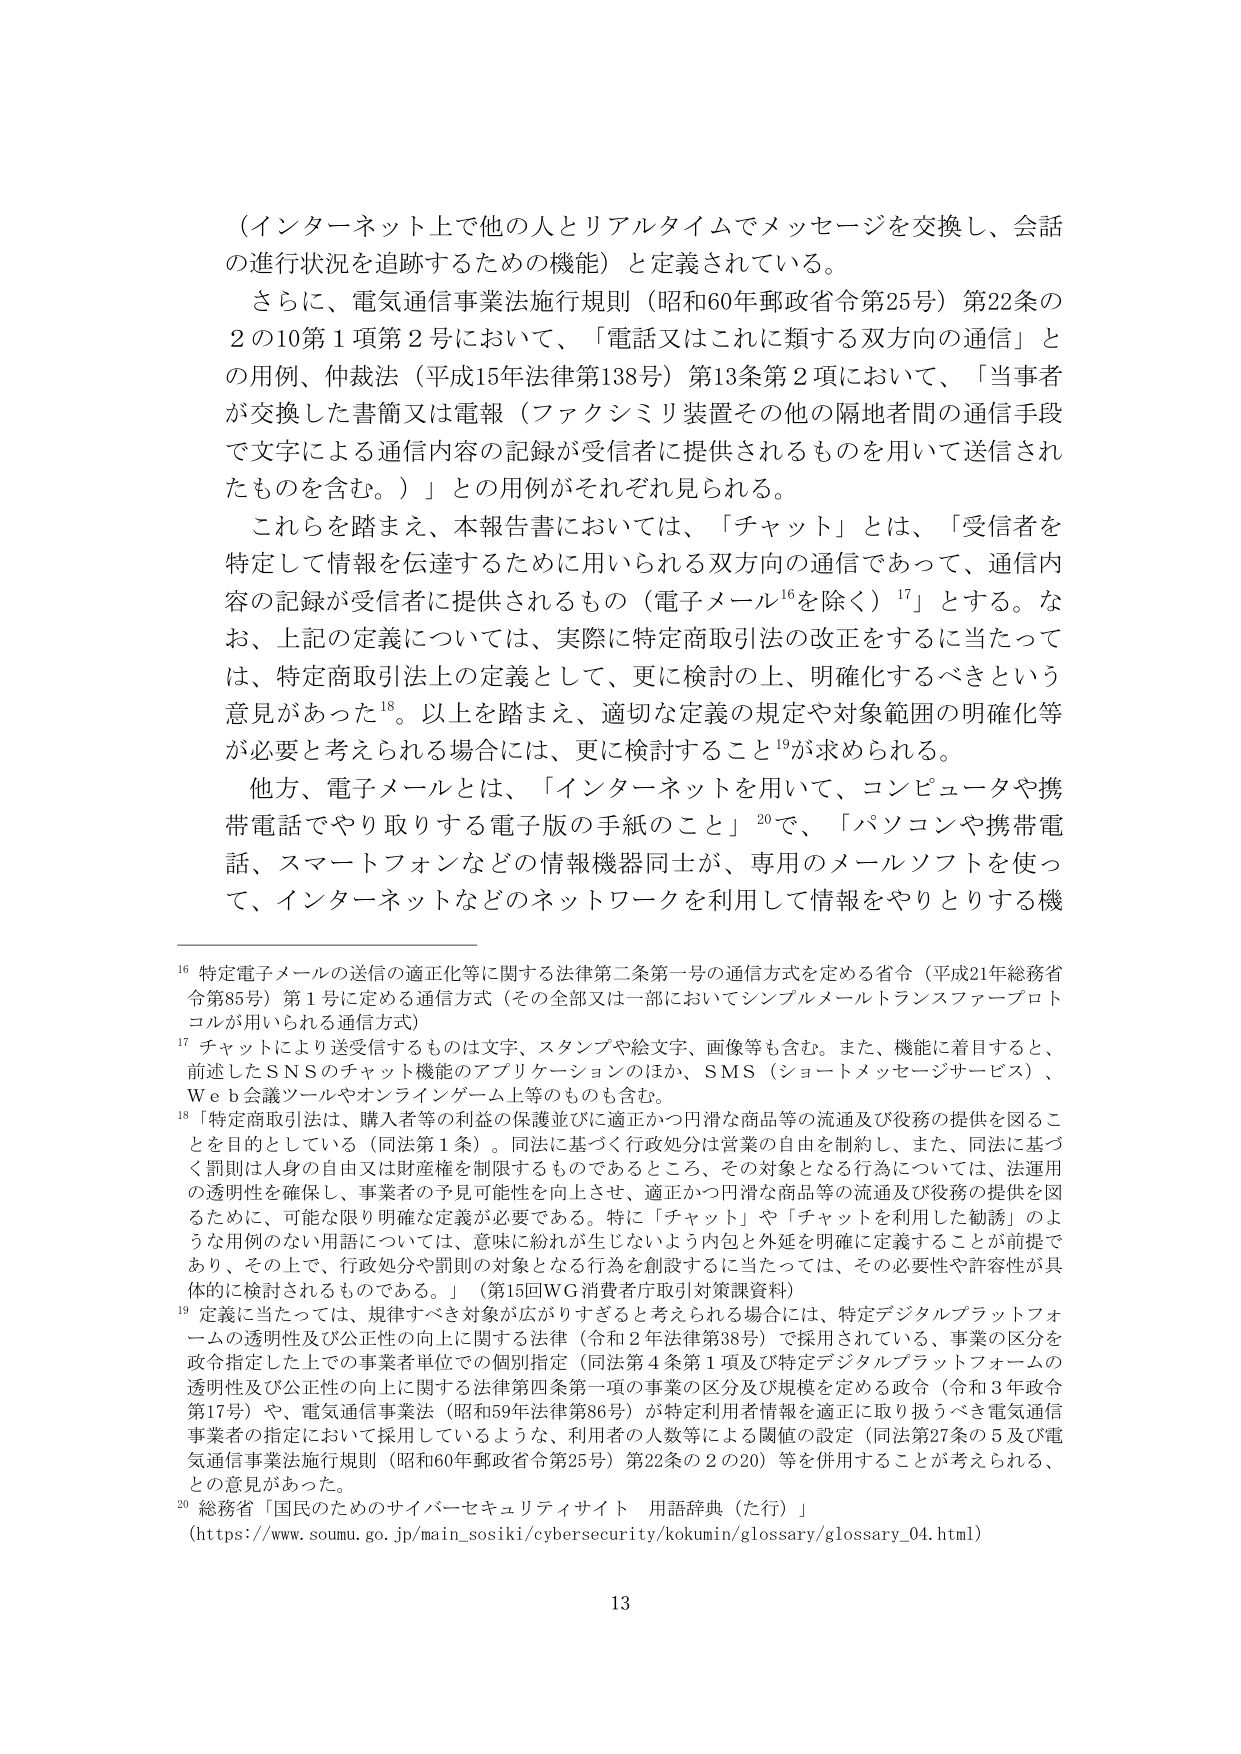
（インターネット上で他の人とリアルタイムでメッセージを交換し、会話の進行状況を追跡するための機能）と定義されている。

さらに、電気通信事業法施行規則（昭和60年郵政省令第25号）第22条の2の10第1項第2号において、「電話又はこれに類する双方向の通信」との用例、仲裁法（平成15年法律第138号）第13条第2項において、「当事者が交換した書簡又は電報（ファクシミリ装置その他の隔地者間の通信手段で文字による通信内容の記録が受信者に提供されるものを用いて送信されたものを含む。）」との用例がそれぞれ見られる。

これらを踏まえ、本報告書においては、「チャット」とは、「受信者を特定して情報を伝達するために用いられる双方向の通信であって、通信内容の記録が受信者に提供されるもの（電子メール¹⁶を除く）¹⁷」とする。なお、上記の定義については、実際に特定商取引法の改正をするに当たっては、特定商取引法上の定義として、更に検討の上、明確化するべきという意見があった¹⁸。以上を踏まえ、適切な定義の規定や対象範囲の明確化等が必要と考えられる場合には、更に検討すること¹⁹が求められる。

他方、電子メールとは、「インターネットを用いて、コンピュータや携帯電話でやり取りする電子版の手紙のこと」²⁰で、「パソコンや携帯電話、スマートフォンなどの情報機器同士が、専用のメールソフトを使って、インターネットなどのネットワークを利用して情報をやりとりする機

¹⁶ 特定電子メールの送信の適正化等に関する法律第二条第一号の通信方式を定める省令（平成21年総務省令第85号）第1号に定める通信方式（その全部又は一部においてシンプルメールトランスファープロトコルが用いられる通信方式）

¹⁷ チャットにより送受信するものは文字、スタンプや絵文字、画像等も含む。また、機能に着目すると、前述したSNSのチャット機能のアプリケーションのほか、SMS（ショートメッセージサービス）、Web会議ツールやオンラインゲーム上等のものも含む。

¹⁸ 「特定商取引法は、購入者等の利益の保護並びに適正かつ円滑な商品等の流通及び役務の提供を図ることを目的としている（同法第1条）。同法に基づく行政処分は営業の自由を制約し、また、同法に基づく罰則は人身の自由又は財産権を制限するものであるところ、その対象となる行為については、法運用の透明性を確保し、事業者の予見可能性を向上させ、適正かつ円滑な商品等の流通及び役務の提供を図るために、可能な限り明確な定義が必要である。特に「チャット」や「チャットを利用した勧誘」のような用例のない用語については、意味に紛れが生じないよう内包と外延を明確に定義することが前提であり、その上で、行政処分や罰則の対象となる行為を創設するに当たっては、その必要性や許容性が具体的に検討されるものである。」（第15回WG消費者庁取引対策課資料）

¹⁹ 定義に当たっては、規律すべき対象が広がりすぎると考えられる場合には、特定デジタルプラットフォームの透明性及び公正性の向上に関する法律（令和2年法律第38号）で採用されている、事業の区分を政令指定した上での事業者単位での個別指定（同法第4条第1項及び特定デジタルプラットフォームの透明性及び公正性の向上に関する法律第四条第一項の事業の区分及び規模を定める政令（令和3年政令第17号））や、電気通信事業法（昭和59年法律第86号）が特定利用者情報を適正に取り扱うべき電気通信事業者の指定において採用しているような、利用者の人数等による閾値の設定（同法第27条の5及び電気通信事業法施行規則（昭和60年郵政省令第25号）第22条の2の20）等を併用することが考えられる、との意見があった。

²⁰ 総務省「国民のためのサイバーセキュリティサイト 用語辞典（た行）」
（https://www.soumu.go.jp/main_sosiki/cybersecurity/kokumin/glossary/glossary_04.html）

13